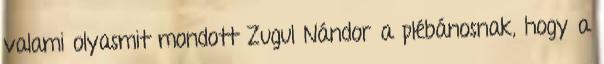
valami olyasmit mondott Zugul Nándor a plébánosnak, hogy a